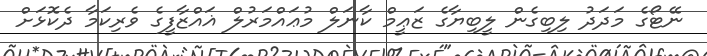
ނޭޓޯގެ މަދަދު ލިބިގެން ލީބިޔާގެ ޒަޢީމް ކާނަލް މުޢައްމަރުލް ޣައްޒާފީގެ ވެރިކަމާ ދެކޮޅަށް